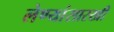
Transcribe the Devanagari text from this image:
लेण्यांसारखी